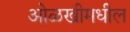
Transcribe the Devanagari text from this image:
ओळखीमधील